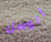
أتوسل